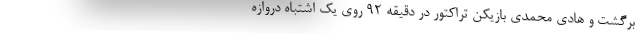
برگشت و هادی محمدی بازیکن تراکتور در دقیقه ۹۲ روی یک اشتباه دروازه